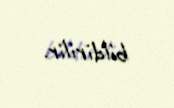
bildirilir.